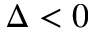
\Delta < 0